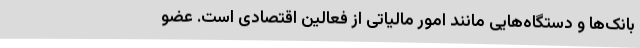
بانک‌ها و دستگاه‌هایی مانند امور مالیاتی از فعالین اقتصادی است. عضو